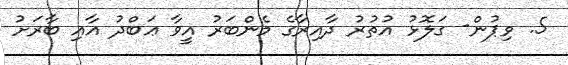
5. ވިޕުން- ގަލޮޅު އުތުރު ދާއިރާގެ މެންބަރު އީވާ ޢަބްދު އާއި ބާރަށު